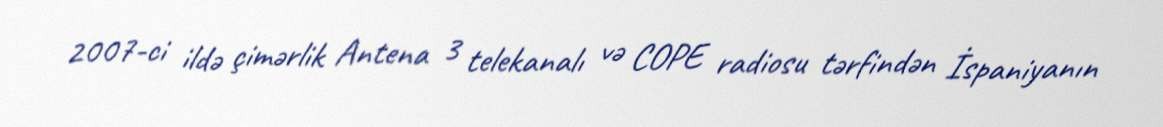
2007-ci ildə çimərlik Antena 3 telekanalı və COPE radiosu tərfindən İspaniyanın